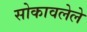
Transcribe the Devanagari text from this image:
सोकावलेले